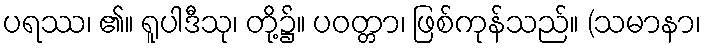
ပရဿ၊ ၏။ ရူပါဒီသု၊ တို့၌။ ပဝတ္တာ၊ ဖြစ်ကုန်သည်။ (သမာနာ၊